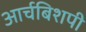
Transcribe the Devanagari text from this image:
आर्चबिशपी